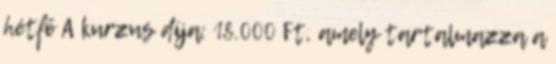
hétfő A kurzus díja: 18.000 Ft, amely tartalmazza a